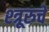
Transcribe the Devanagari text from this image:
श्त्रूरुचे